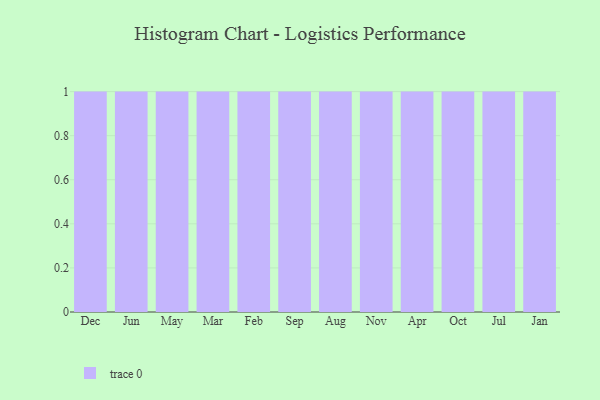
{"axis": {"x": "Month", "y": "Waste Production (Tons)"}, "legend": [""], "data": [{"x": "Dec", "y": 38, "type": ""}, {"x": "Jun", "y": 100, "type": ""}, {"x": "May", "y": 80, "type": ""}, {"x": "Mar", "y": 69, "type": ""}, {"x": "Feb", "y": 31, "type": ""}, {"x": "Sep", "y": 85, "type": ""}, {"x": "Aug", "y": 42, "type": ""}, {"x": "Nov", "y": 47, "type": ""}, {"x": "Apr", "y": 58, "type": ""}, {"x": "Oct", "y": 88, "type": ""}, {"x": "Jul", "y": 67, "type": ""}, {"x": "Jan", "y": 55, "type": ""}]}